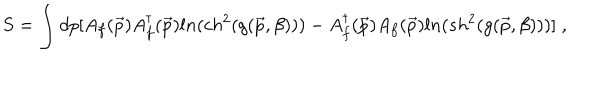
S = \int d p [ A _ { f } ( \vec { p } ) A _ { f } ^ { \dagger } ( \vec { p } ) l n ( c h ^ { 2 } ( g ( \vec { p } , \beta ) ) ) - A _ { f } ^ { \dagger } ( \vec { p } ) A _ { f } ( \vec { p } ) l n ( s h ^ { 2 } ( g ( \vec { p } , \beta ) ) ) ] \; ,